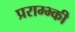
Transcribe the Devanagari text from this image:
प्रराम्भ्की